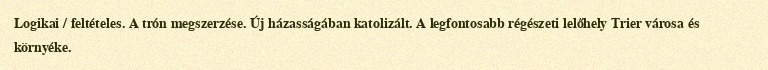
Logikai / feltételes. A trón megszerzése. Új házasságában katolizált. A legfontosabb régészeti lelőhely Trier városa és környéke.